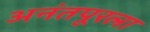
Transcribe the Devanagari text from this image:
अनंतपूरला